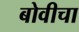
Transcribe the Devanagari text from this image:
बोवीचा